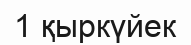
1 қыркүйек